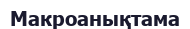
Макроанықтама